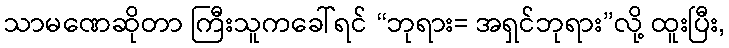
သာမဏေဆိုတာ ကြီးသူကခေါ်ရင် “ဘုရား= အရှင်ဘုရား”လို့ ထူးပြီး,